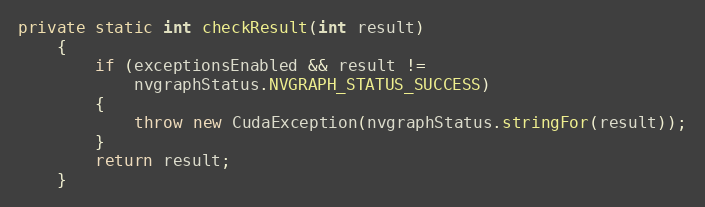
Language: Java
private static int checkResult(int result)
    {
        if (exceptionsEnabled && result !=
            nvgraphStatus.NVGRAPH_STATUS_SUCCESS)
        {
            throw new CudaException(nvgraphStatus.stringFor(result));
        }
        return result;
    }